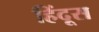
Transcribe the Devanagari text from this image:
हिंदूस